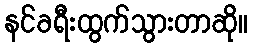
နင်ခရီးထွက်သွားတာဆို။